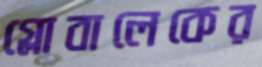
গ্লোবালেকের